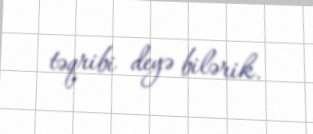
təqribi deyə bilərik.